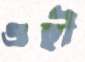
ওহী